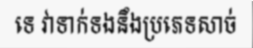
ទេ វាទាក់ទងនឹងប្រភេទសាច់